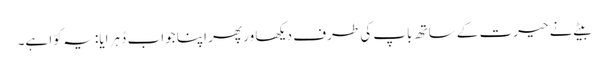
بیٹے نے حیرت کے ساتھ باپ کی طرف دیکھا ور پھر اپنا جواب دُہرایا: یہ کوّا ہے۔